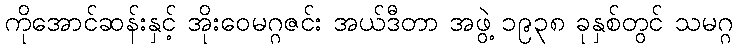
ကိုအောင်ဆန်းနှင့် အိုးဝေမဂ္ဂဇင်း အယ်ဒီတာ အဖွဲ့ ၁၉၃၈ ခုနှစ်တွင် သမဂ္ဂ